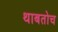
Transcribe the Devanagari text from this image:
थाबतोच